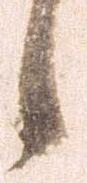
候